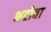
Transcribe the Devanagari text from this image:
भटोबा